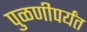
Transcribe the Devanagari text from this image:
पुळणीपर्यंत